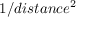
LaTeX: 1 / d i s t a n c e ^ { 2 }